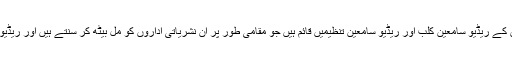
پاکستان سمیت دنیا بھر میں ریڈیو سننے والے سامعین کے ریڈیو سامعین کلب اور ریڈیو سامعین تنظیمیں قائم ہیں جو مقامی طور پر ان نشریاتی اداروں کو مل بیٹھ کر سنتے ہیں اور ریڈیو کے حوالے سے مختلف تقریبات کا انعقاد کرتے ہیں۔